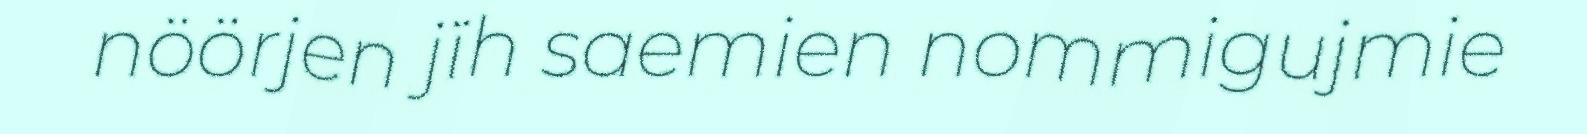
nöörjen jïh saemien nommigujmie